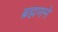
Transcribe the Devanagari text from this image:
ब्रह्मणमे